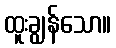
ထူးချွန်သော။